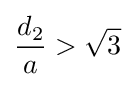
{\frac {d_{2}}{a}}>{\sqrt {3}}